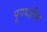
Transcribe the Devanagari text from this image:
पूगयज्ञीय